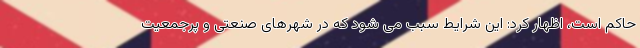
حاکم است، اظهار کرد: این شرایط سبب می شود که در شهرهای صنعتی و پرجمعیت